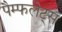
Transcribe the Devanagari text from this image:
पैम्फलेट्स